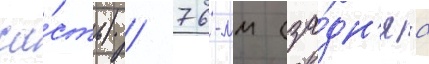
ча́сть) / 76-мм (за́дн'яа